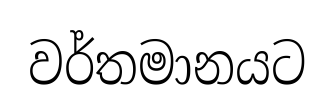
වර්තමානයට